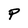
Character: P